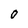
Character: O